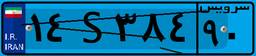
۱۴S۳۸۴۹۰